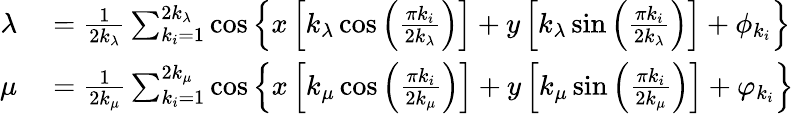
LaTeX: \begin{array}{rl}{\lambda}&{{}=\frac{1}{2k_{\lambda}}\sum_{k_{i}=1}^{2k_{\lambda}}\cos\left\{ x\left[k_{\lambda}\cos\left(\frac{\pi k_{i}}{2k_{\lambda}}\right)\right]+y\left[k_{\lambda}\sin\left(\frac{\pi k_{i}}{2k_{\lambda}}\right)\right]+\phi_{k_{i}}\right\} }\\ {\mu}&{{}=\frac{1}{2k_{\mu}}\sum_{k_{i}=1}^{2k_{\mu}}\cos\left\{ x\left[k_{\mu}\cos\left(\frac{\pi k_{i}}{2k_{\mu}}\right)\right]+y\left[k_{\mu}\sin\left(\frac{\pi k_{i}}{2k_{\mu}}\right)\right]+\varphi_{k_{i}}\right\} }\end{array}